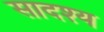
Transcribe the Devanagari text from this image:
सादश्य